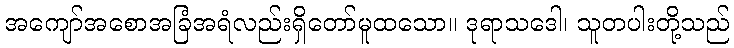
အကျော်အစောအခြံအရံလည်းရှိတော်မူထသော။ ဒုရာသဒေါ၊ သူတပါးတို့သည်